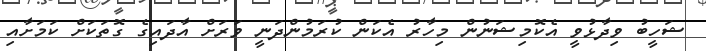
ޝަހީބު ވިދާޅުވީ އެކޮމިޝަނުން މިހާރު އެކަން ކުރަމުންދަނީ ވަރަށް އާދައިގެ ގޮތަކަށް ކަމަށާއި